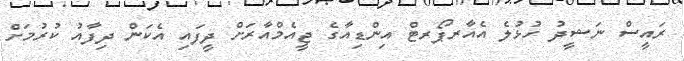
ރައީސް ނަޝީދު ހުޅުލެ އެއާރޕޯރޓް އިންޑިއާގެ ޖީއެމްއާރަށް ދީފައި އެކަން ދިފާއު ކުުރުމަށް